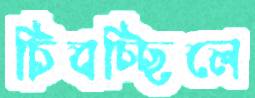
চিবচ্ছিলে